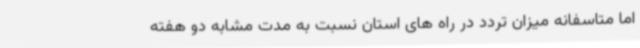
اما متاسفانه میزان تردد در راه های استان نسبت به مدت مشابه دو هفته